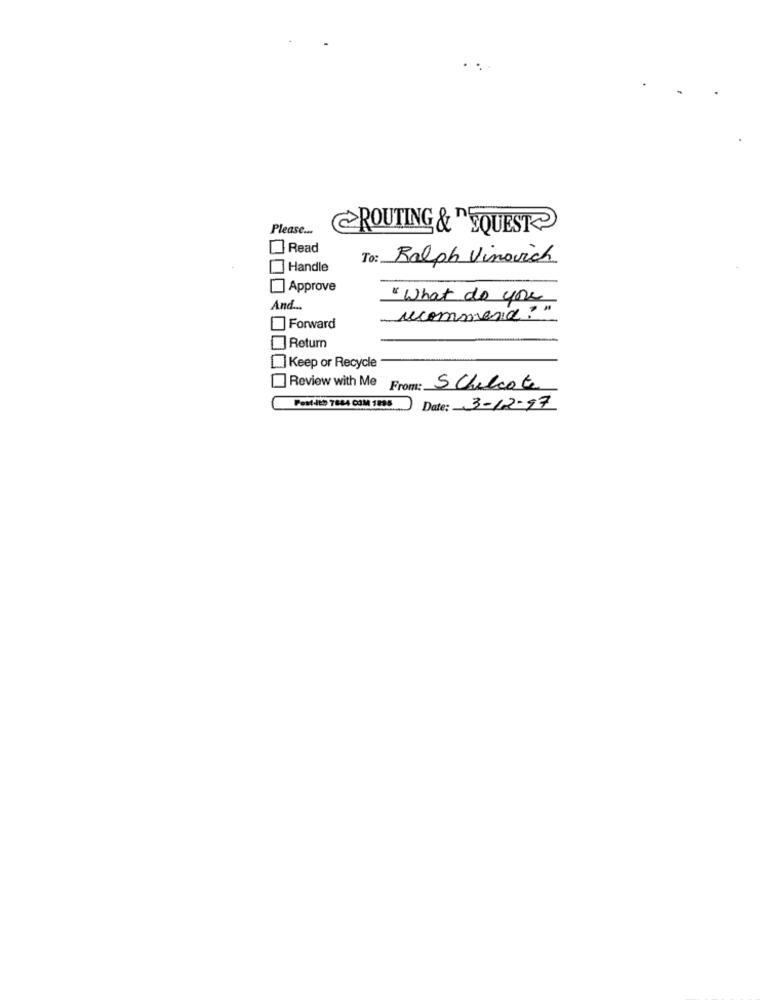
Please ...
ROUTING & " SQUEST
Read
): Ralph Vinovich
Handle
Approve
" What do you
And ...
recommend.
Forward
Return
Keep or Recycle
Review with Me From: S Chilcot
Fest-itD 7844 COM 1995
Date: 3-12-97